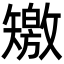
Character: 𥐊